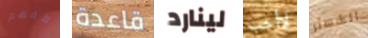
لأفهم قاعدة لينارد لاأحب الشعائر